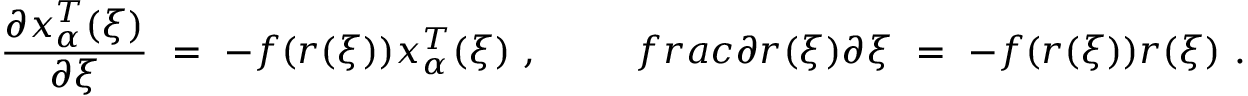
\frac { \partial x _ { \alpha } ^ { T } ( \xi ) } { \partial \xi } \ = \ - f ( r ( \xi ) ) x _ { \alpha } ^ { T } ( \xi ) \ , \ \ \ \ \ \ \ \, f r a c { \partial r ( \xi ) } { \partial \xi } \ = \ - f ( r ( \xi ) ) r ( \xi ) \ .